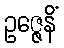
ဥဇ္ဇေနိံ